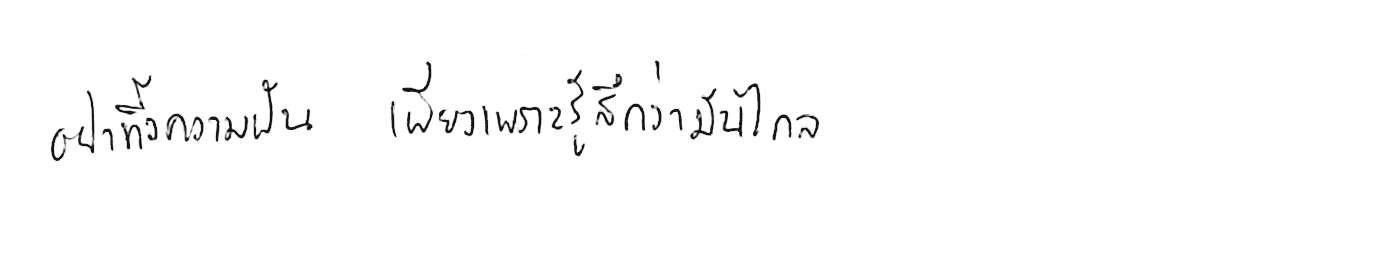
อย่าทิ้งความฝัน เพียงเพราะรู้สึกว่ามันไกล